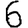
Digit: 6